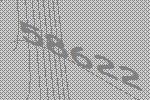
58622